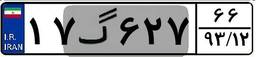
۱۷گ۶۲۷۶۶